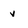
Character: v